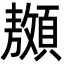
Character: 䫨